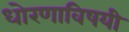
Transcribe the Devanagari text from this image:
धोरणाविषयी